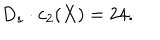
D _ { s } \cdot c _ { 2 } ( X ) = 2 4 .